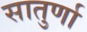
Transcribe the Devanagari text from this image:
सातुर्णा